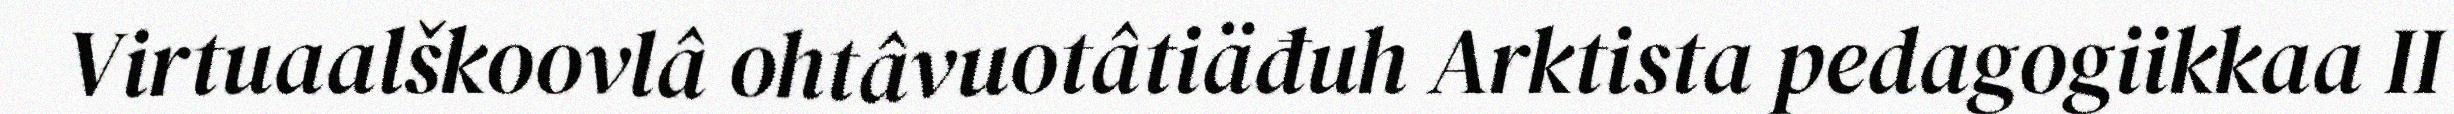
Virtuaalškoovlâ ohtâvuotâtiäđuh Arktista pedagogiikkaa II